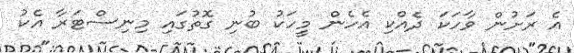
އެ ރަށުން ވާހަކަ ދެއްކި އެހެން މީހަކު ބުނި ގޮތުގައި މިނިސްޓަރާ އެކު